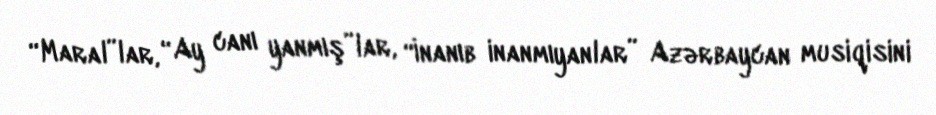
“Maral”lar, “Ay canı yanmış”lar, “İnanıb inanmıyanlar” Azərbaycan musiqisini